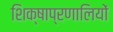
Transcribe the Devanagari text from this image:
शिक्षाप्रणालियों